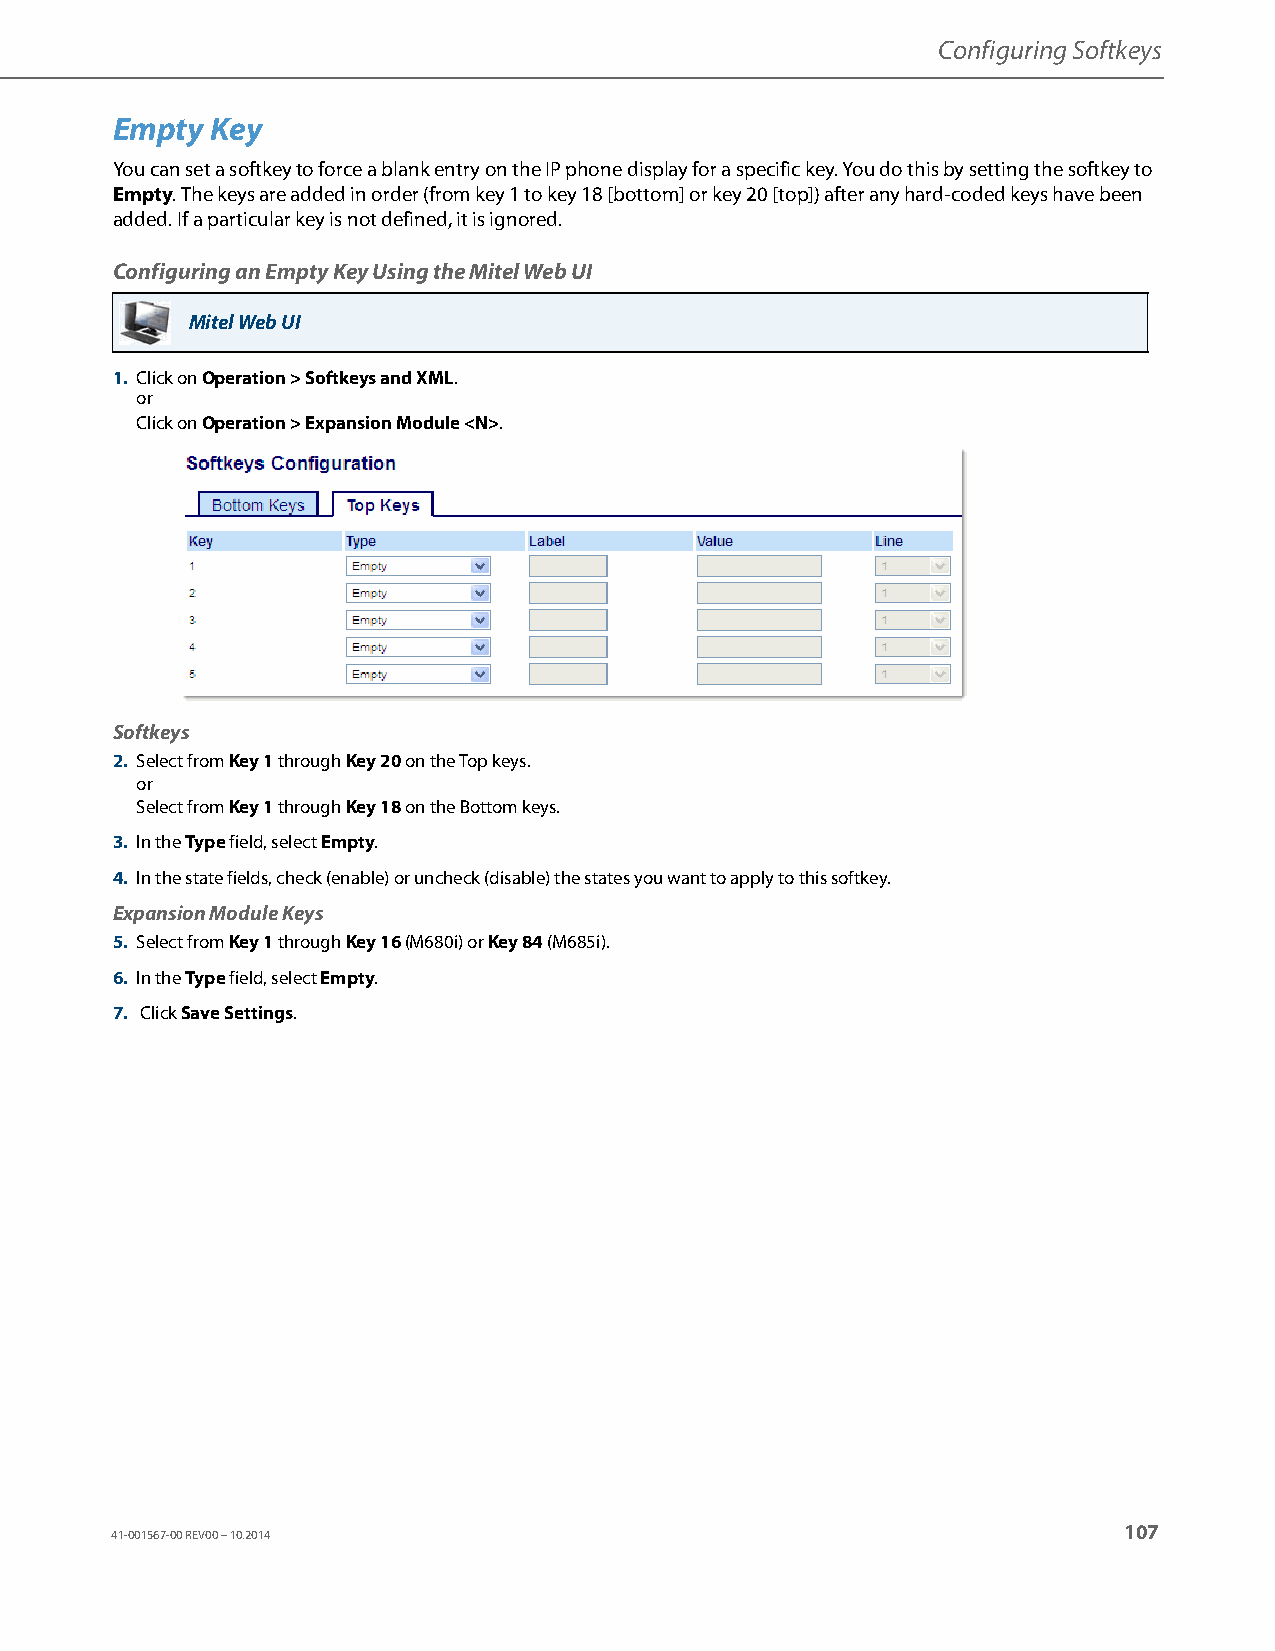
Configuring Softkeys
 Empty  Key
 You can set a softkey to force a blank entry on the IP phone display for a specific key. You do this by setting the softkey to
 Empty. The keys are added in order (from key 1 to key 18 [bottom] or key 20 [top]) after any hard-coded keys have been
 added. If a particular key is not defined, it is ignored.
 Configuring an Empty Key Using the Mitel Web UI
 Mitel Web UI
 1. Click on Operation > Softkeys and XML.
 or
 Click on Operation > Expansion Module <N>.
 Softkeys
 2. Select from Key 1 through Key 20 on the Top keys.
 or
 Select from Key 1 through Key 18 on the Bottom keys.
 3. In the Type field, select Empty.
 4. In the state fields, check (enable) or uncheck (disable) the states you want to apply to this softkey.
 Expansion Module Keys
 5. Select from Key 1 through Key 16 (M680i) or Key 84 (M685i).
 6. In the Type field, select Empty.
 7. Click Save Settings.
 107
 41-001567-00 REV00 – 10.2014